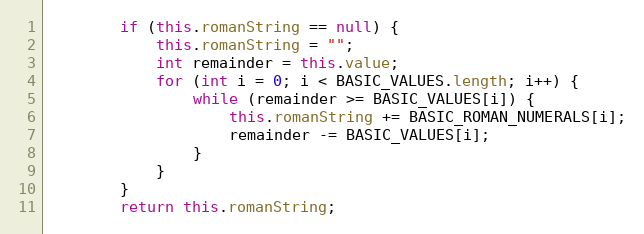
Language: Java
		if (this.romanString == null) {
			this.romanString = "";
			int remainder = this.value;
			for (int i = 0; i < BASIC_VALUES.length; i++) {
				while (remainder >= BASIC_VALUES[i]) {
					this.romanString += BASIC_ROMAN_NUMERALS[i];
					remainder -= BASIC_VALUES[i];
				}
			}
		}
		return this.romanString;